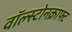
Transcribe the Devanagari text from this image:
वॉल्स्टोनक्राफ्ट